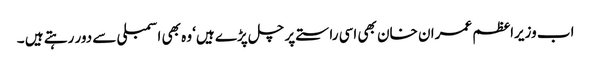
اب وزیراعظم عمران خان بھی اسی راستے پر چل پڑے ہیں‘ وہ بھی اسمبلی سے دور رہتے ہیں ۔